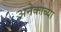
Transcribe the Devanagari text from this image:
अनेकाच्या